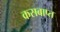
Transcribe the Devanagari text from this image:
कसबाप्त